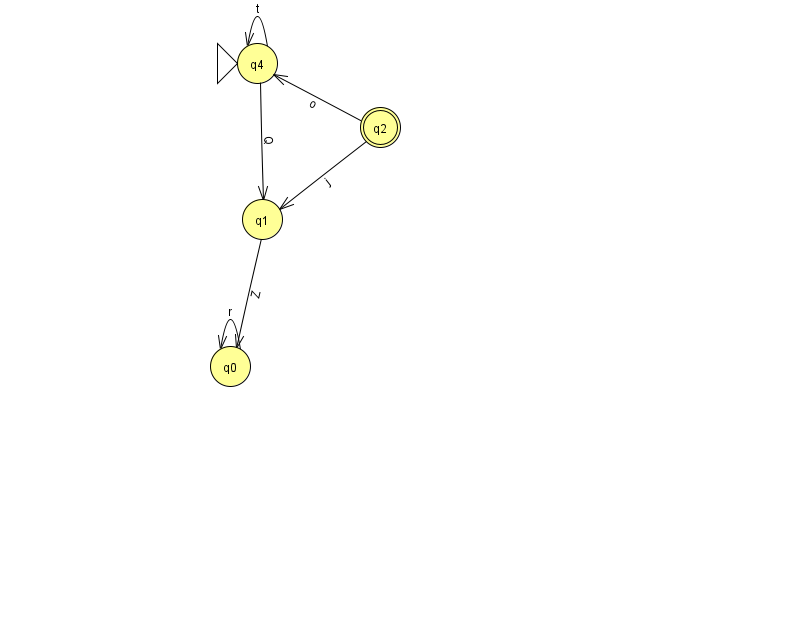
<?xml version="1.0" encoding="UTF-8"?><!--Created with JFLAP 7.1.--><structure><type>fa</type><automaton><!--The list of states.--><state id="0" name="q0"><x>230.0</x><y>353.0</y></state><state id="1" name="q1"><x>262.0</x><y>206.0</y></state><state id="2" name="q2"><x>380.0</x><y>114.0</y><final/></state><state id="4" name="q4"><x>257.0</x><y>50.0</y><initial/></state><!--The list of transitions.--><transition><from>1</from><to>0</to><read>Z</read></transition><transition><from>0</from><to>0</to><read>r</read></transition><transition><from>2</from><to>1</to><read>j</read></transition><transition><from>2</from><to>4</to><read>o</read></transition><transition><from>4</from><to>1</to><read>Q</read></transition><transition><from>4</from><to>4</to><read>t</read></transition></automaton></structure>